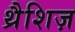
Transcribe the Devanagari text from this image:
थ्रैशिज़